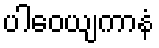
ပါဝေယျကာနံ